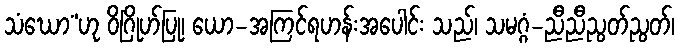
သံဃော”ဟု ဝိဂြိုဟ်ပြု၊ ယော-အကြင်ရဟန်းအပေါင်း သည်၊ သမဂ္ဂံ-ညီညီညွတ်ညွတ်၊